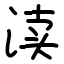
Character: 渎